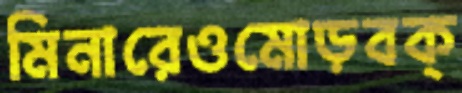
মিনারেওমোড়বক্